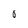
Character: O